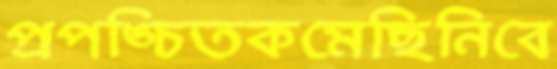
প্রপঙ্চিতকমেছিনিবে